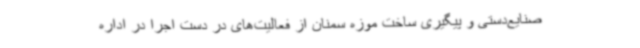
صنایع‌دستی و پیگیری ساخت موزه سمنان از فعالیت‌های در دست اجرا در اداره